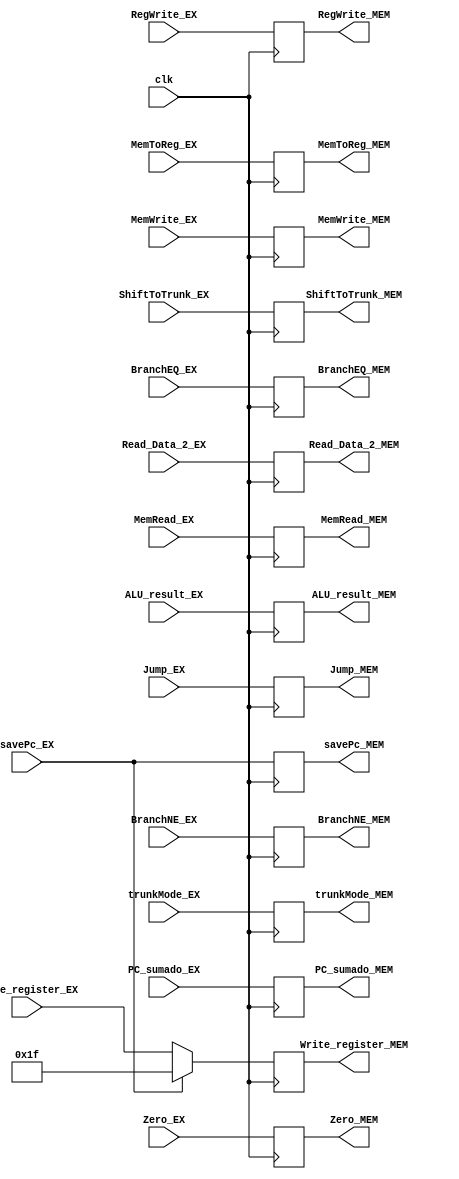
`timescale 1ns / 1ps
//////////////////////////////////////////////////////////////////////////////////
// Company: 
// Engineer: 
// 
// Design Name: 
// Module Name:    EX_MEM 
// Project Name: 
// Target Devices: 
// Tool versions: 
// Description: 
//
// Dependencies: 
//
// Revision: 
// Revision 0.01 - File Created
// Additional Comments: 
//
//////////////////////////////////////////////////////////////////////////////////
module EX_MEM(
	input clk,
	input [31:0] ALU_result_EX,
	input [31:0] Read_Data_2_EX,
	output reg [31:0] ALU_result_MEM,
	output reg [31:0] Read_Data_2_MEM,
	input BranchEQ_EX,
	input BranchNE_EX,
	input MemRead_EX,
	input MemToReg_EX,
	input MemWrite_EX,
	input RegWrite_EX,
	input Jump_EX,
	input [1:0] trunkMode_EX,
	input ShiftToTrunk_EX,
	input Zero_EX,
	input [4:0] Write_register_EX,
	input savePc_EX,
	input [31:0] PC_sumado_EX,
	output reg [31:0] PC_sumado_MEM,
	output reg BranchEQ_MEM,
	output reg BranchNE_MEM,
	output reg MemRead_MEM,
	output reg MemToReg_MEM,
	output reg MemWrite_MEM,
	output reg RegWrite_MEM,
	output reg Jump_MEM,
	output reg [1:0] trunkMode_MEM,
	output reg ShiftToTrunk_MEM,
	output reg Zero_MEM,
	output reg [4:0] Write_register_MEM,
	output reg savePc_MEM
    );

	initial
	begin
	BranchEQ_MEM=0;
	BranchNE_MEM=0;
	MemRead_MEM=0;
	MemToReg_MEM=0;
	MemWrite_MEM=0;
	RegWrite_MEM=0;
	Jump_MEM=0;
	Zero_MEM=0;
	Write_register_MEM=0;
	ALU_result_MEM=0;
	Read_Data_2_MEM=0;
	trunkMode_MEM=0;
	ShiftToTrunk_MEM=0;
	PC_sumado_MEM=0;
	savePc_MEM=0;
	end

	always@(posedge clk)
	begin
		ALU_result_MEM <= ALU_result_EX;
		Read_Data_2_MEM <= Read_Data_2_EX;
		BranchEQ_MEM<=BranchEQ_EX;
		BranchNE_MEM<=BranchNE_EX;
		MemRead_MEM<=MemRead_EX;
		MemToReg_MEM<=MemToReg_EX;
		MemWrite_MEM<=MemWrite_EX;
		RegWrite_MEM<=RegWrite_EX;
		Jump_MEM<=Jump_EX;
		Zero_MEM<=Zero_EX;
		trunkMode_MEM<=trunkMode_EX;
		ShiftToTrunk_MEM<=ShiftToTrunk_EX;
		savePc_MEM<=savePc_EX;
		PC_sumado_MEM<=PC_sumado_EX;
		if (savePc_EX)
			Write_register_MEM[4:0]<=5'b11111;
		else
			Write_register_MEM[4:0]<=Write_register_EX[4:0];
	end



endmodule